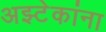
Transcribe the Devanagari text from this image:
अझ्टेकांना